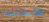
الألمانيه